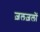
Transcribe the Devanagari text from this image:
ज़लज़लों